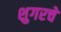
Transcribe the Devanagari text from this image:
शुगरचे